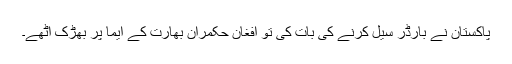
پاکستان نے بارڈر سیل کرنے کی بات کی تو افغان حکمران بھارت کے ایما پر بھڑک اُٹھے۔